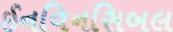
ઈનવિનસિબલ